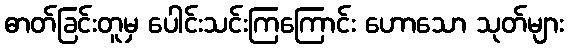
ဓာတ်ခြင်းတူမှ ပေါင်းသင်းကြကြောင်း ဟောသော သုတ်များ